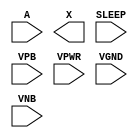
module sky130_fd_sc_hd__lpflow_isobufsrc (
    //# {{data|Data Signals}}
    input  A    ,
    output X    ,

    //# {{power|Power}}
    input  SLEEP,
    input  VPB  ,
    input  VPWR ,
    input  VGND ,
    input  VNB
);
endmodule